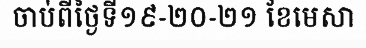
ចាប់ពីថ្ងៃទី១៩-២០-២១ ខែមេសា